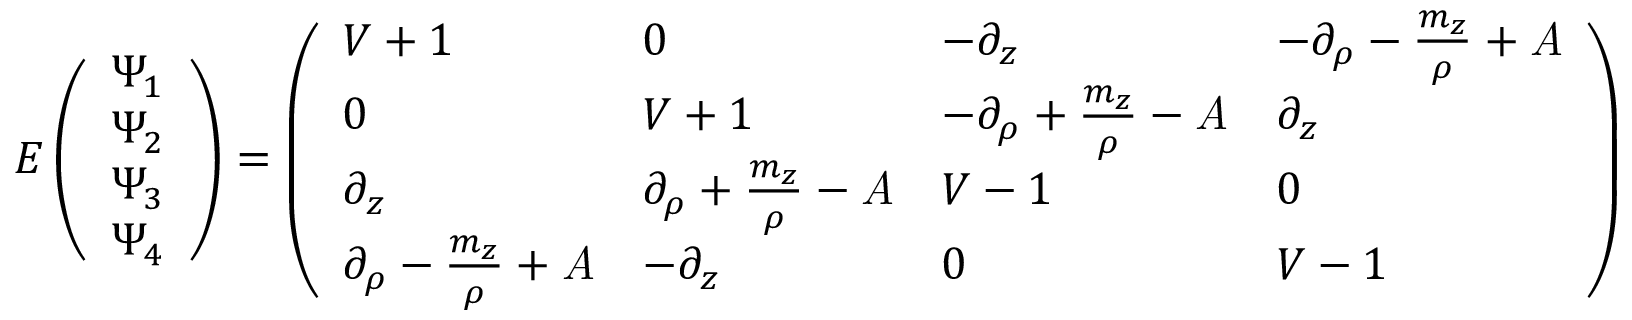
E \left( \begin{array} { l } { { { \Psi _ { 1 } } } } \\ { { { \Psi _ { 2 } } } } \\ { { { \Psi _ { 3 } } } } \\ { { { \Psi _ { 4 } } } } \end{array} \right) = \left( \begin{array} { l l l l } { { V + 1 } } & { { 0 } } & { { - \partial _ { z } } } & { { - \partial _ { \rho } - { \frac { m _ { z } } { \rho } } + \it { A } } } \\ { { 0 } } & { { V + 1 } } & { { - \partial _ { \rho } + { \frac { m _ { z } } { \rho } } - \it { A } } } & { { \partial _ { z } } } \\ { { \partial _ { z } } } & { { \partial _ { \rho } + { \frac { m _ { z } } { \rho } } - \it { A } } } & { { V - 1 } } & { { 0 } } \\ { { \partial _ { \rho } - { \frac { m _ { z } } { \rho } } + \it { A } } } & { { - \partial _ { z } } } & { { 0 } } & { { V - 1 } } \end{array} \right) \left( \begin{array} { l } { { { \Psi _ { 1 } } } } \\ { { { \Psi _ { 2 } } } } \\ { { { \Psi _ { 3 } } } } \\ { { { \Psi _ { 4 } } } } \end{array} \right) .